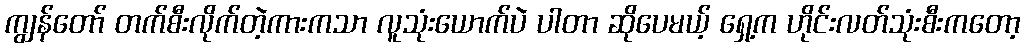
ကျွန်တော် တက်စီးလိုက်တဲ့ကားကသာ လူသုံးယောက်ပဲ ပါတာ ဆိုပေမယ့် ရှေ့က ဟိုင်းလတ်သုံးစီးကတော့